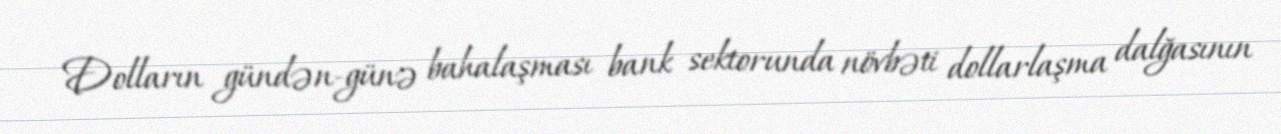
Dolların gündən-günə bahalaşması bank sektorunda növbəti dollarlaşma dalğasının